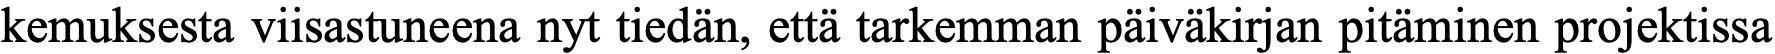
kemuksesta viisastuneena nyt tiedän, että tarkemman päiväkirjan pitäminen projektissa